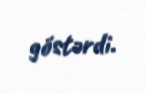
göstərdi.